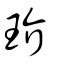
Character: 玠